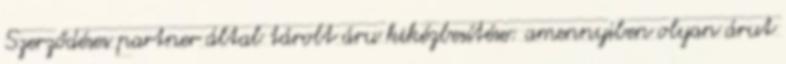
Szerződéses partner által tárolt áru kikézbesítése: amennyiben olyan árut